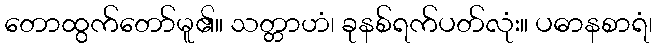
တောထွက်တော်မူ၏။ သတ္တာဟံ၊ ခုနစ်ရက်ပတ်လုံး။ ပဓာနစာရံ၊